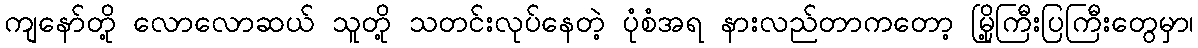
ကျနော်တို့ လောလောဆယ် သူတို့ သတင်းလုပ်နေတဲ့ ပုံစံအရ နားလည်တာကတော့ မြို့ကြီးပြကြီးတွေမှာ၊